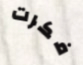
فكرت